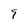
Character: 9